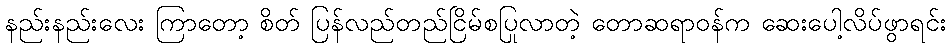
နည်းနည်းလေး ကြာတော့ စိတ် ပြန်လည်တည်ငြိမ်စပြုလာတဲ့ တောဆရာဝန်က ဆေးပေါ့လိပ်ဖွာရင်း